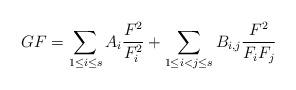
LaTeX: \begin{align*} G F = \sum_{1\leq i\leq s} A_i \frac{F^2}{F_i^2} + \sum_{1\leq i< j\leq s} B_{i,j} \frac{F^2}{F_iF_j}\end{align*}